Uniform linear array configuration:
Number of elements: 48
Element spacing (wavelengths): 1
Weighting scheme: kaiser
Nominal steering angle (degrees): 30
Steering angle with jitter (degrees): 30.924
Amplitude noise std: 0.05
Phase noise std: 0.05

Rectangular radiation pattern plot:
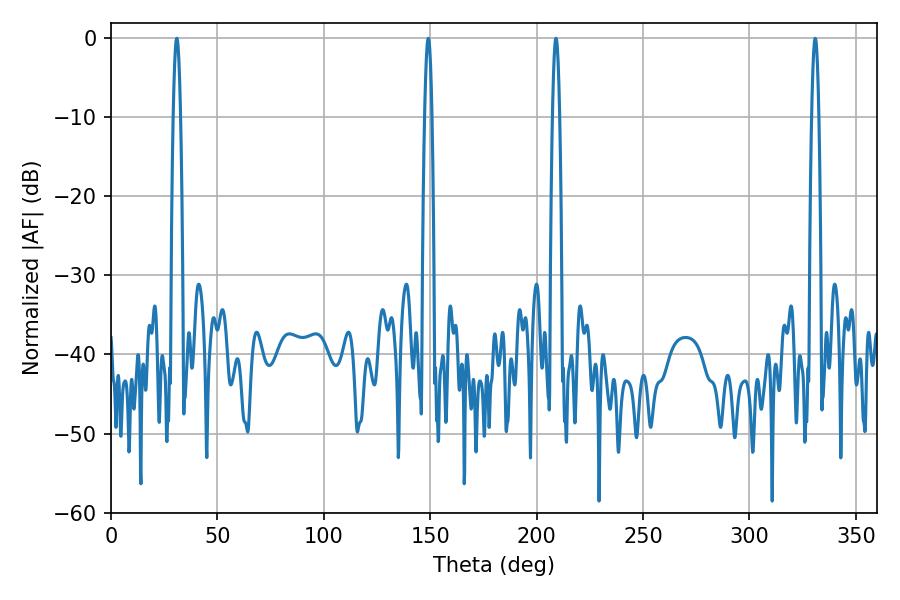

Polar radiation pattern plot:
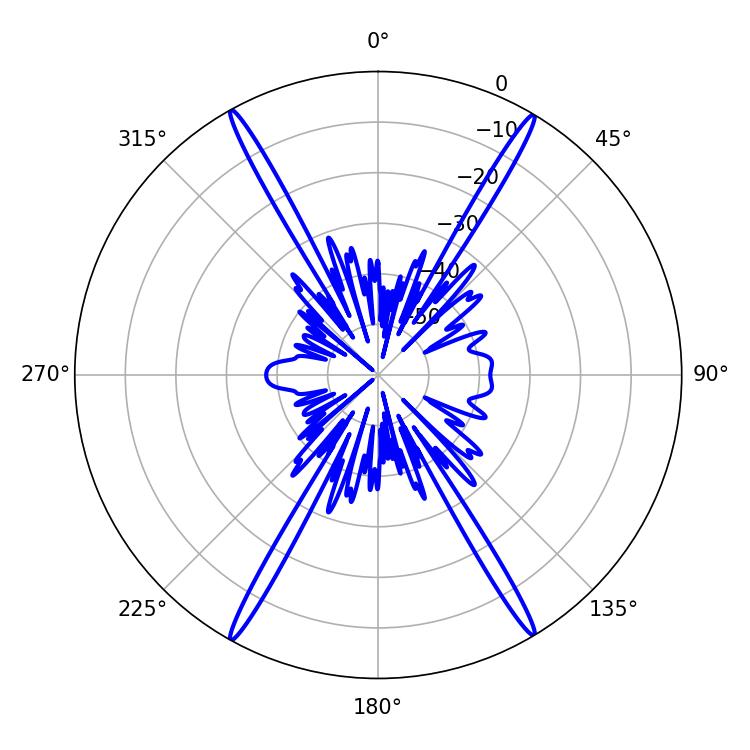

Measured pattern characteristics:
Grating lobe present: TRUE
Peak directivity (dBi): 28.595
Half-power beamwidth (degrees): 1.8
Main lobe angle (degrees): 149.04